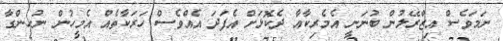
ނަމަވެސް އިޒްރޭލުން ބުނަނީ އެމެރިކާއާ ދެކޮޅަށް އެފަދަ އެއްވެސް ހަރަކާތެއް އެމީހުން ނުހިންގާ